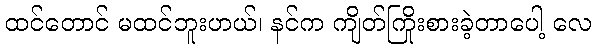
ထင်တောင် မထင်ဘူးဟယ်၊ နင်က ကျိတ်ကြိုးစားခဲ့တာပေါ့ လေ